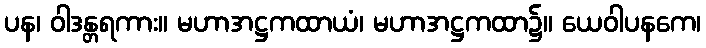
ပန၊ ဝါဒန္တရကား။ မဟာအဋ္ဌကထာယံ၊ မဟာအဋ္ဌကထာ၌။ ယေဝါပနကေ၊